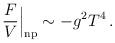
LaTeX: \begin{align*}\frac{F}{V} \Big|_{\rm np} \sim - g^2 T^4 \,.\end{align*}